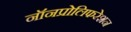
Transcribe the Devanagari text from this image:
नॉनप्रोलिफरेशन